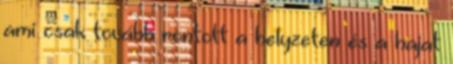
ami csak tovább rontott a helyzeten és a hajat